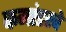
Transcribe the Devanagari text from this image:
कमांडरचे